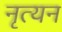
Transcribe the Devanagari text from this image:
नृत्यन